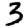
Digit: 3